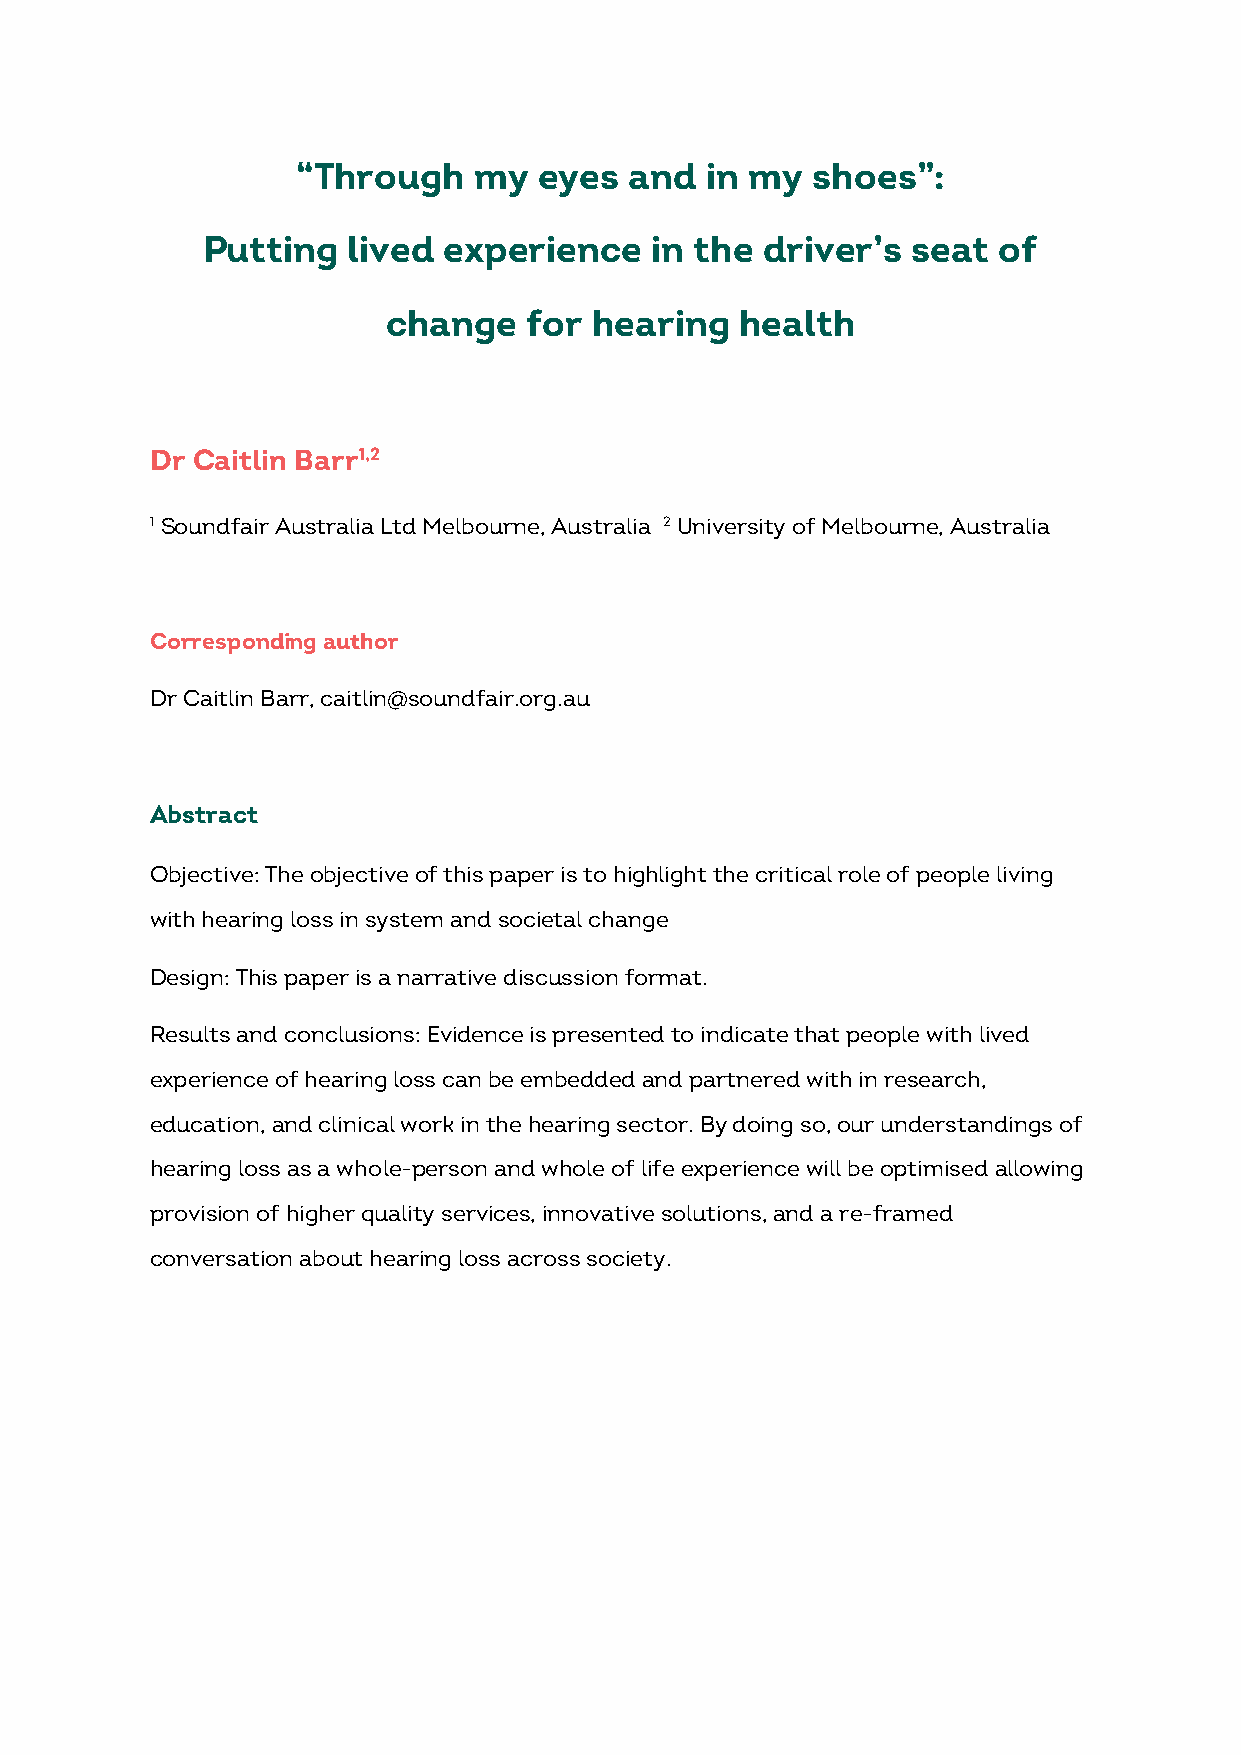
“Through   my   eyes  and  in my  shoes”:
 Putting   lived experience    in the  driver’s seat  of
 change   for hearing   health
 Dr Caitlin Barr1,2
 1 Soundfair Australia Ltd Melbourne, Australia 2 University of Melbourne, Australia
 Corresponding author
 Dr Caitlin Barr, caitlin@soundfair.org.au
 Abstract
 Objective: The objective of this paper is to highlight the critical role of people living
 with hearing loss in system and societal change
 Design: This paper is a narrative discussion format.
 Results and conclusions: Evidence is presented to indicate that people with lived
 experience of hearing loss can be embedded and partnered with in research,
 education, and clinical work in the hearing sector. By doing so, our understandings of
 hearing loss as a whole-person and whole of life experience will be optimised allowing
 provision of higher quality services, innovative solutions, and a re-framed
 conversation about hearing loss across society.